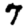
Digit: 7